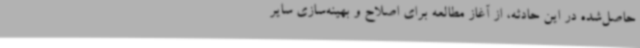
حاصل‌شده در این حادثه، از آغاز مطالعه برای اصلاح و بهینه‌سازی سایر